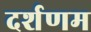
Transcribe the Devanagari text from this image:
दर्शणम